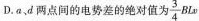
D.a、d两点间的电势差的绝对值为\frac{3}{4}Blv